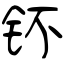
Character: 钚